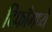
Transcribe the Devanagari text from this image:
दिफाँमध्ये